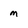
Character: m